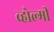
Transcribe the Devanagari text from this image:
व्होल्मी